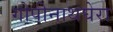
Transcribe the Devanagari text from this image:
गोपीनाथघेरा